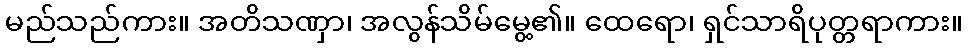
မည်သည်ကား။ အတိသဏှာ၊ အလွန်သိမ်မွေ့၏။ ထေရော၊ ရှင်သာရိပုတ္တရာကား။